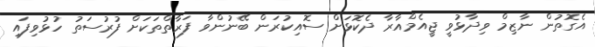
އެގޮތުން ނާޒިމް ވިދާޅުވީ ޖީއެމްއާރާ ދެކޮޅަށް ސޮއިކުރަން ބޭނުންވާ ފަރާތްތަކަށް ފުރުސަތު ހުޅުވިފައި